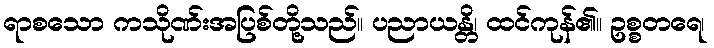
ရာစသော ကသိုဏ်းအပြစ်တို့သည်။ ပညာယန္တိ၊ ထင်ကုန်၏။ ဥစ္စတရေ၊